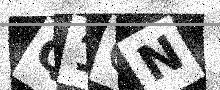
Text: Q1CN